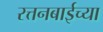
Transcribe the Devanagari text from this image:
रत्तनबाईच्या